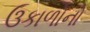
ઉકાળોનો